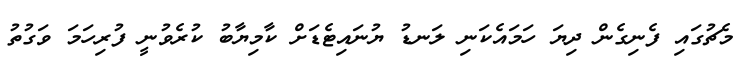
މެޗުގައި ފެނިގެން ދިޔަ ހަމައެކަނި ލަނޑު ޔުނައިޓެޑަށް ކާމިޔާބު ކުރެވުނީ ފުރިހަމަ ވަގުތު